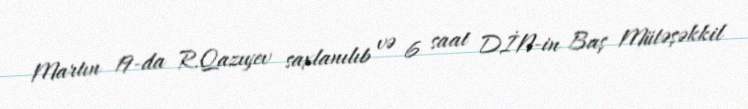
Martın 19-da R.Qazıyev saxlanılıb və 6 saat DİN-in Baş Mütəşəkkil